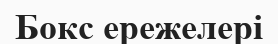
Бокс ережелері